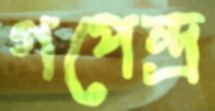
গপেন্দ্র